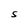
Character: S